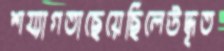
শয্যাগতাছেয়েছিলেউদ্ধৃত